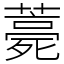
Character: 薧